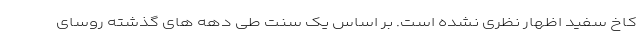
کاخ سفید اظهار نظری نشده است. بر اساس یک سنت طی دهه های گذشته روسای